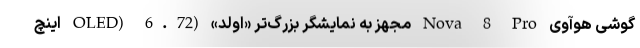
گوشی هوآوی Nova 8 Pro مجهز به نمایشگر بزرگ‌تر «اولد» (OLED) 6.72 اینچ